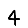
Digit: 4